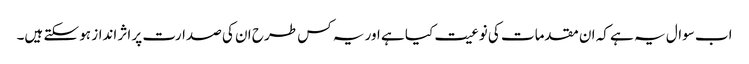
اب سوال یہ ہے کہ ان مقدمات کی نوعیت کیا ہے اور یہ کس طرح ان کی صدارت پر اثر انداز ہو سکتے ہیں۔